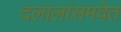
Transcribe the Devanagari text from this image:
दलालांसमवेत